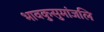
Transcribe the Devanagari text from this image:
भावकुसुमांजलि